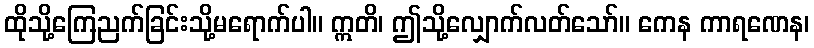
ထိုသို့ကြေညက်ခြင်းသို့မရောက်ပါ။ ဣတိ၊ ဤသို့လျှောက်လတ်သော်။ ကေန ကာရဏေန၊